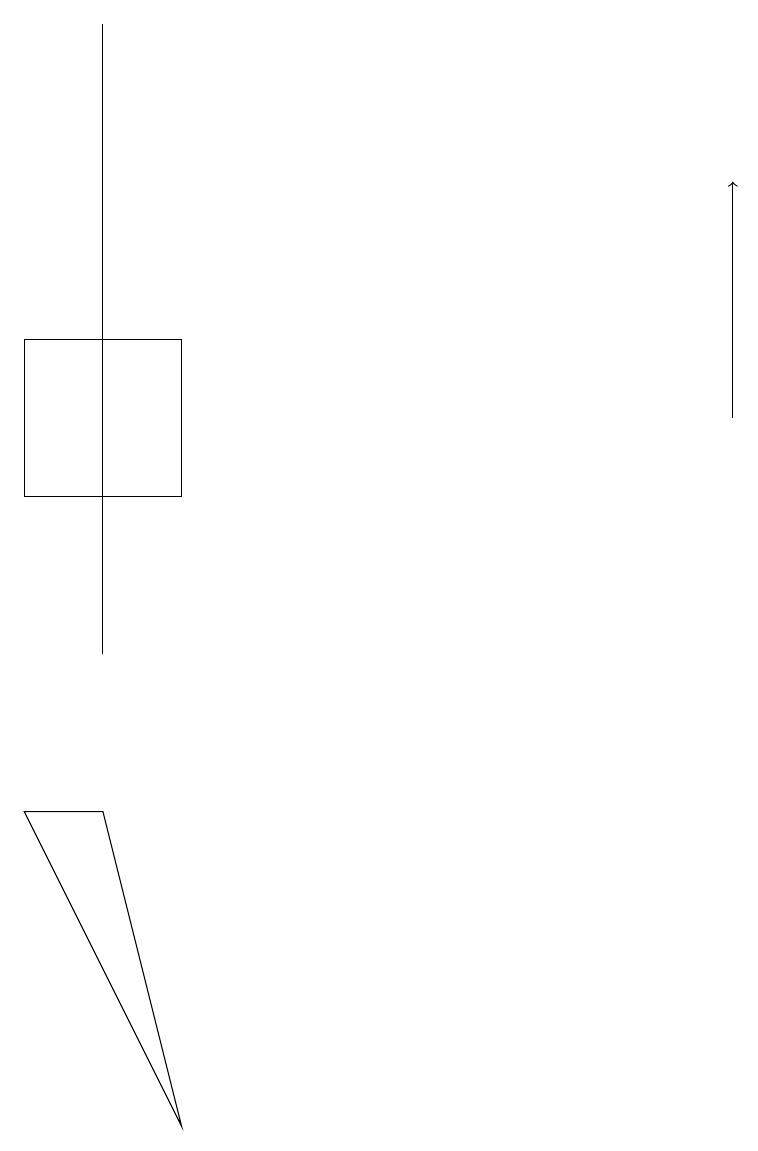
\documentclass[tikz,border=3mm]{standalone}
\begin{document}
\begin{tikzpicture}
\draw (2,12) rectangle (0,14);
\draw (0,8) -- (2,4) -- (1,8) -- cycle;
\draw[->] (9,13) -- (9,16);
\draw (1,10) rectangle (1,18);
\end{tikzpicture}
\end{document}